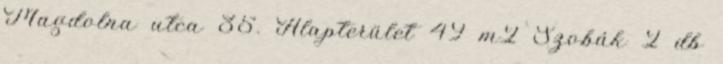
Magdolna utca 35. Alapterület 49 m2 Szobák 2 db